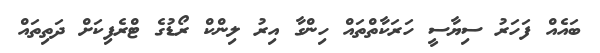
ބައެއް ފަހަރު ސިޔާސީ ހަރަކާތްތައް ހިންގާ އިރު ލިންކް ރޯޑުގެ ޓްރެފިކަށް ދަތިތައް